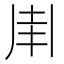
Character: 𠂵